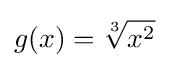
g(x)={\sqrt[{3}]{x^{2}}}